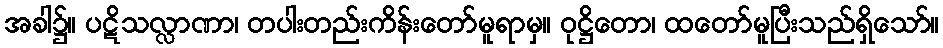
အခါ၌။ ပဋိသလ္လာဏာ၊ တပါးတည်းကိန်းတော်မူရာမှ။ ဝုဋ္ဌိတော၊ ထတော်မူပြီးသည်ရှိသော်။